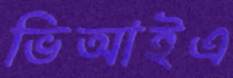
ভিআইএ